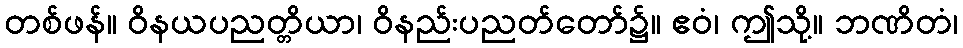
တစ်ဖန်။ ဝိနယပညတ္တိယာ၊ ဝိနည်းပညတ်တော်၌။ ဧဝံ၊ ဤသို့။ ဘဏိတံ၊